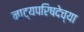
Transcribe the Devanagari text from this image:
नाट्यपरिषदेच्या